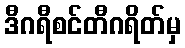
ဒီဂရီစင်တီဂရိတ်မှ